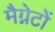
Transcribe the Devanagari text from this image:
मैग्नेटों